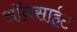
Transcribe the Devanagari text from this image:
ऑनसाईट